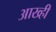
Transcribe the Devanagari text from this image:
आख्ही